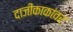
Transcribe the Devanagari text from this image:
दाजीकाकांवर